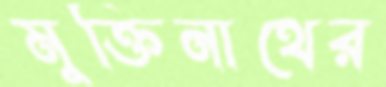
মুক্তিনাথের